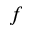
_ f